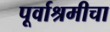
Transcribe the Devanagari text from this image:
पूर्वाश्रमीचा